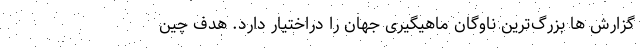
گزارش ها بزرگ‌ترین ناوگان ماهیگیری جهان را دراختیار دارد. هدف چین